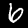
Label: 6